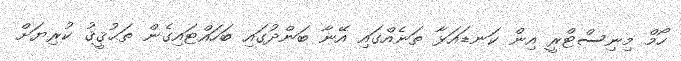
ހޯމް މިނިސްޓްރީ އިން ކަނޑައަޅާ ތަނެއްގައި އޭނާ ބަންދުގައި ބަހައްޓައިގެން ތަޙުޤީޤު ކުރިޔަށް